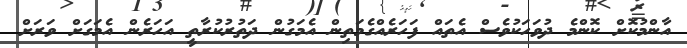
އާންމުކޮށް ކޮންމެ ދުވަހަކުވެސް އެތައް ފަހަރެއްގެމަތިން އެމަގުން ދަތުރުކުރާތީ އަހަރެން އެމަގަށް ވަރަށް